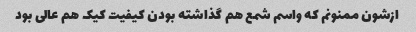
ازشون ممنونم که واسم شمع هم گذاشته بودن کیفیت کیک هم عالی بود